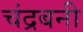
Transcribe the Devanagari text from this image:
चंद्रबनी